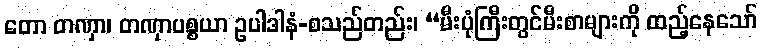
တော တဏှာ၊ တဏှာပစ္စယာ ဥပါဒါနံ-စသည်တည်း၊ “မီးပုံကြီးတွင်မီးစာများကို ထည့်နေသော်